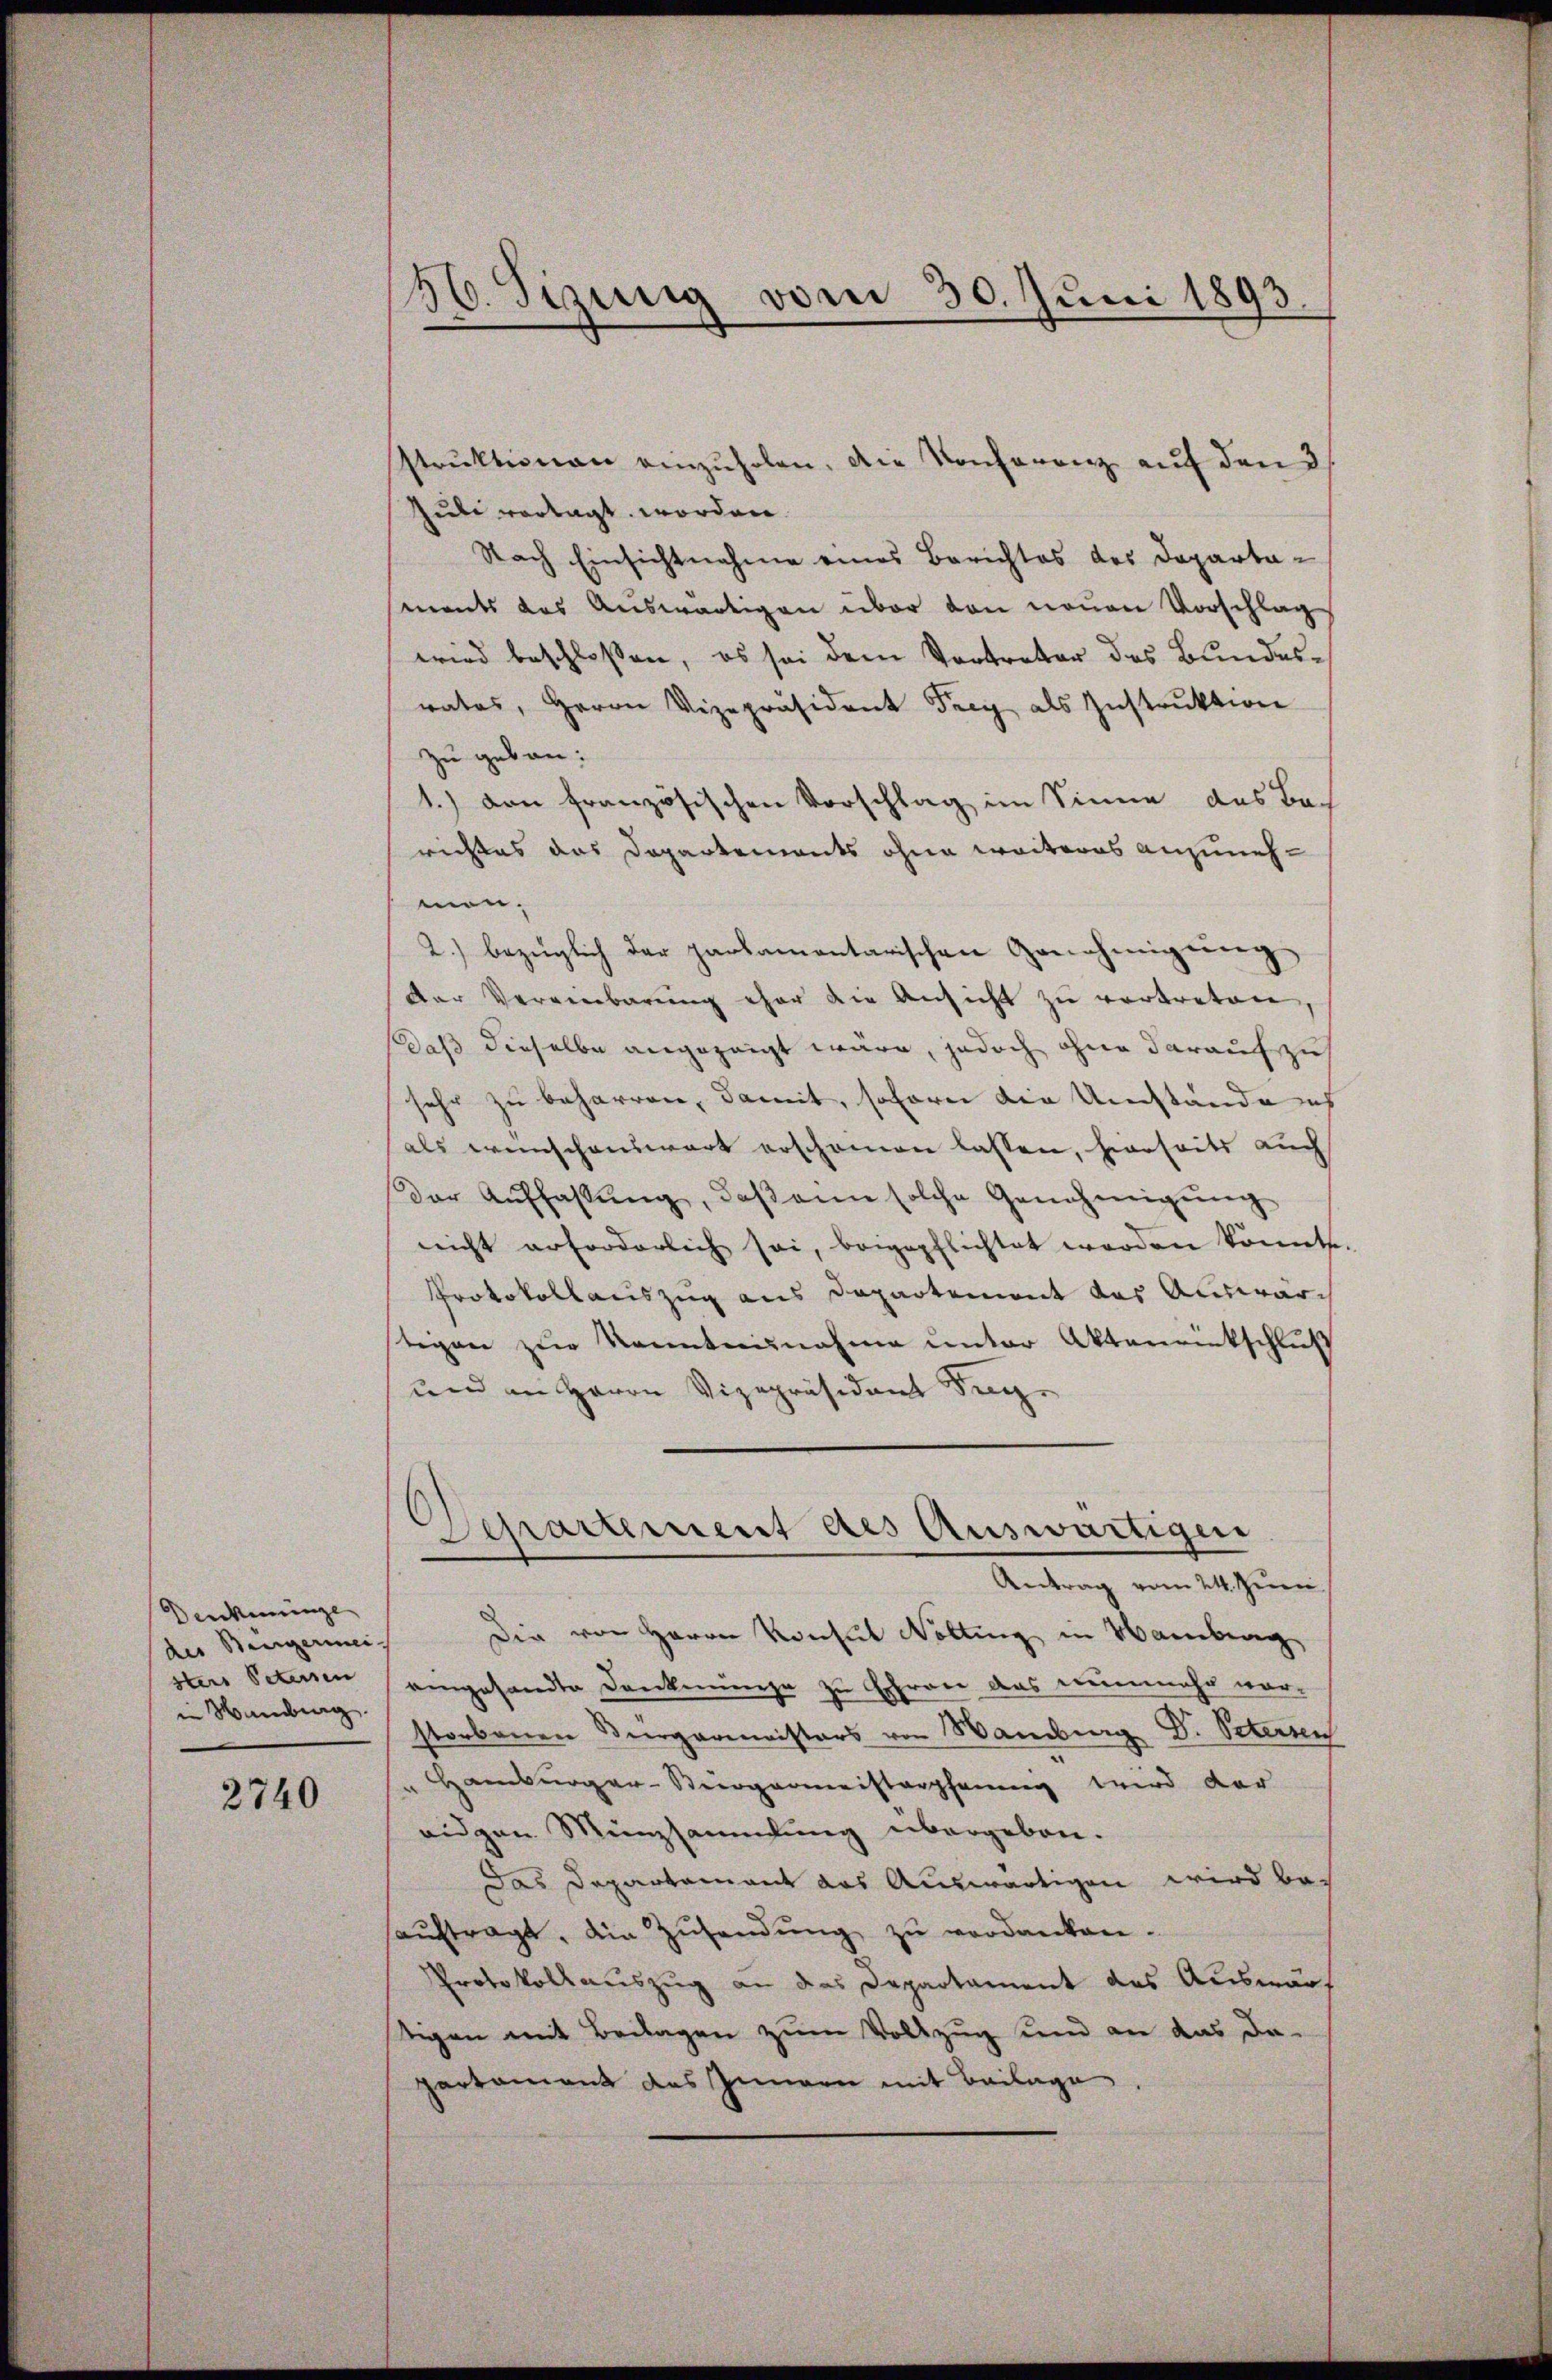
Denkenninge
des Beigermei-
sters Petersen
 Hamburg

2740

56. Sizung vom 30. Juni 1893.

struktionen einzuholen. Die Konferenz auf den 3
Juli vortagt worden
Nach Einsichtnahme eines Berichtes des Departements das Auswärtigen über den neuen Vorschlag
wird beschloßen, es sei dem Vertreter des Bundesrates, Herrn Vizepräsident Frey als Instrŭktion
zu gebau.
1.) den französischen Vorschlag im Sinne des Bach
richtes das Departements ohne weiteres anzunehmen.
2.) bezüglich der parlamentarischen Genehmigung
Der Vereinbarŭng eher die Ansicht zu vertreten
Daß dieselbe angezeigt wäre, jedoch ohne darauf zu
sehr zu beharren, damit, sofern die Umständens
als wünschenswart erschonen lassen, hierseits auch
Der Auffassŭng, daβ eine solche Genehmigŭng
nicht erforderlich sei, beigepflichtet werden könnte
Protokollauszug aus Departement des Auswartegen zur Kenntnisnahme unter Aktenrückschluß
und an Herrn Vizepräsident Sege
Departement des Auswärtigen
Antrag vom 24. Juni
Die von Herrn Konsul Nolting in Hamberg
eingesandte Denkmünze zu Ehren das nunmehr vor-
storbenen Bürgermeisters von Wamburg D. Petersen
Hamburger-Steigermeisterpfang wird der
eidgen Münzsammlung übergeben.
Das Departamant das Auswärtigen wird beaŭftragt, die Zusendung zu verdanken.
Protokollauszug an das Departament des Auswärt
tigen mit Beilagen zum Vollzug und an das da-
partament des Innern mit Beilage.